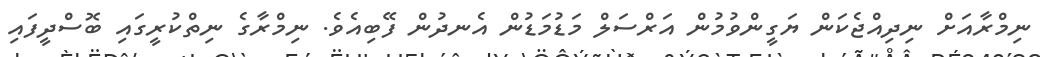
ނިމްރާއަށް ނިދިއްޖެކަން ޔަގީންވުމުން އަރްސަލް މަޑުމަޑުން އެނދުން ފޭބިއެވެ. ނިމްރާގެ ނިތްކުރީގައި ބޮސްދީފައި